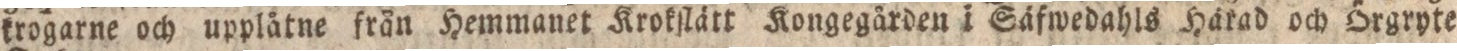
krogarne och upplåtne från Hemmanet Krokſlätt Kongegården i Säfwedahls Härad och Örgryte